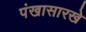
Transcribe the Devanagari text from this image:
पंखासारखे